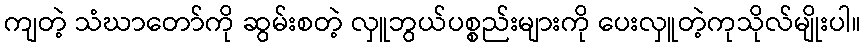
ကျတဲ့ သံဃာတော်ကို ဆွမ်းစတဲ့ လှူဘွယ်ပစ္စည်းများကို ပေးလှူတဲ့ကုသိုလ်မျိုးပါ။